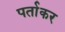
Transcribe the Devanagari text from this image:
पर्ताकर